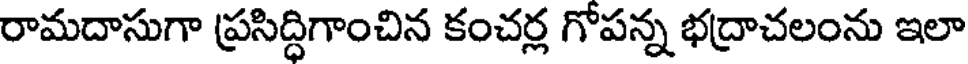
రామదాసుగా ప్రసిద్ధిగాంచిన కంచర్ల గోపన్న భద్రాచలంను ఇలా